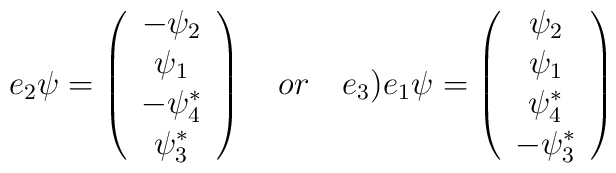
e_{2}\psi =\left( \begin{array}{c}-{\psi _{2}} \\ {\psi _{1}} \\ -{\psi _{4}^{*}} \\ {\psi _{3}^{*}}\end{array}\right) \quad or\quad e_{3}\mathbf{)}e_{1}\psi =\left( \begin{array}{c}{\psi _{2}} \\ {\psi _{1}} \\ {\psi _{4}^{*}} \\ -{\psi _{3}^{*}}\end{array}\right)